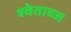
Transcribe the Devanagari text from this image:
श्वेताव्ज